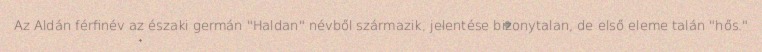
Az Aldán férfinév az északi germán "Haldan" névből származik, jelentése bizonytalan, de első eleme talán "hős."